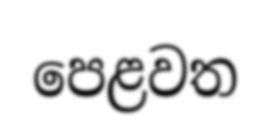
පෙළවත